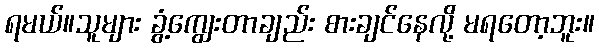
ရမယ်။သူများ ခွံ့ကျွေးတာချည်း စားချင်နေလို့ မရတော့ဘူး။